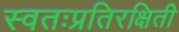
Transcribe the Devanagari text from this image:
स्वतःप्रतिरक्षिती